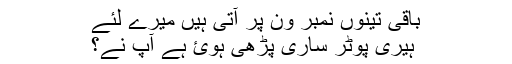
باقی تینوں نمبر ون پر آتی ہیں میرے لئے
ہیری پوٹر ساری پڑھی ہوئ ہے آپ نے؟